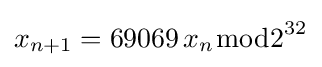
x_{n+1}=69069\,x_{n}{\bmod {2}}^{32}